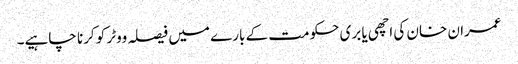
عمران خان کی اچھی یا بری حکومت کے بارے میں فیصلہ ووٹر کو کرنا چاہیے۔